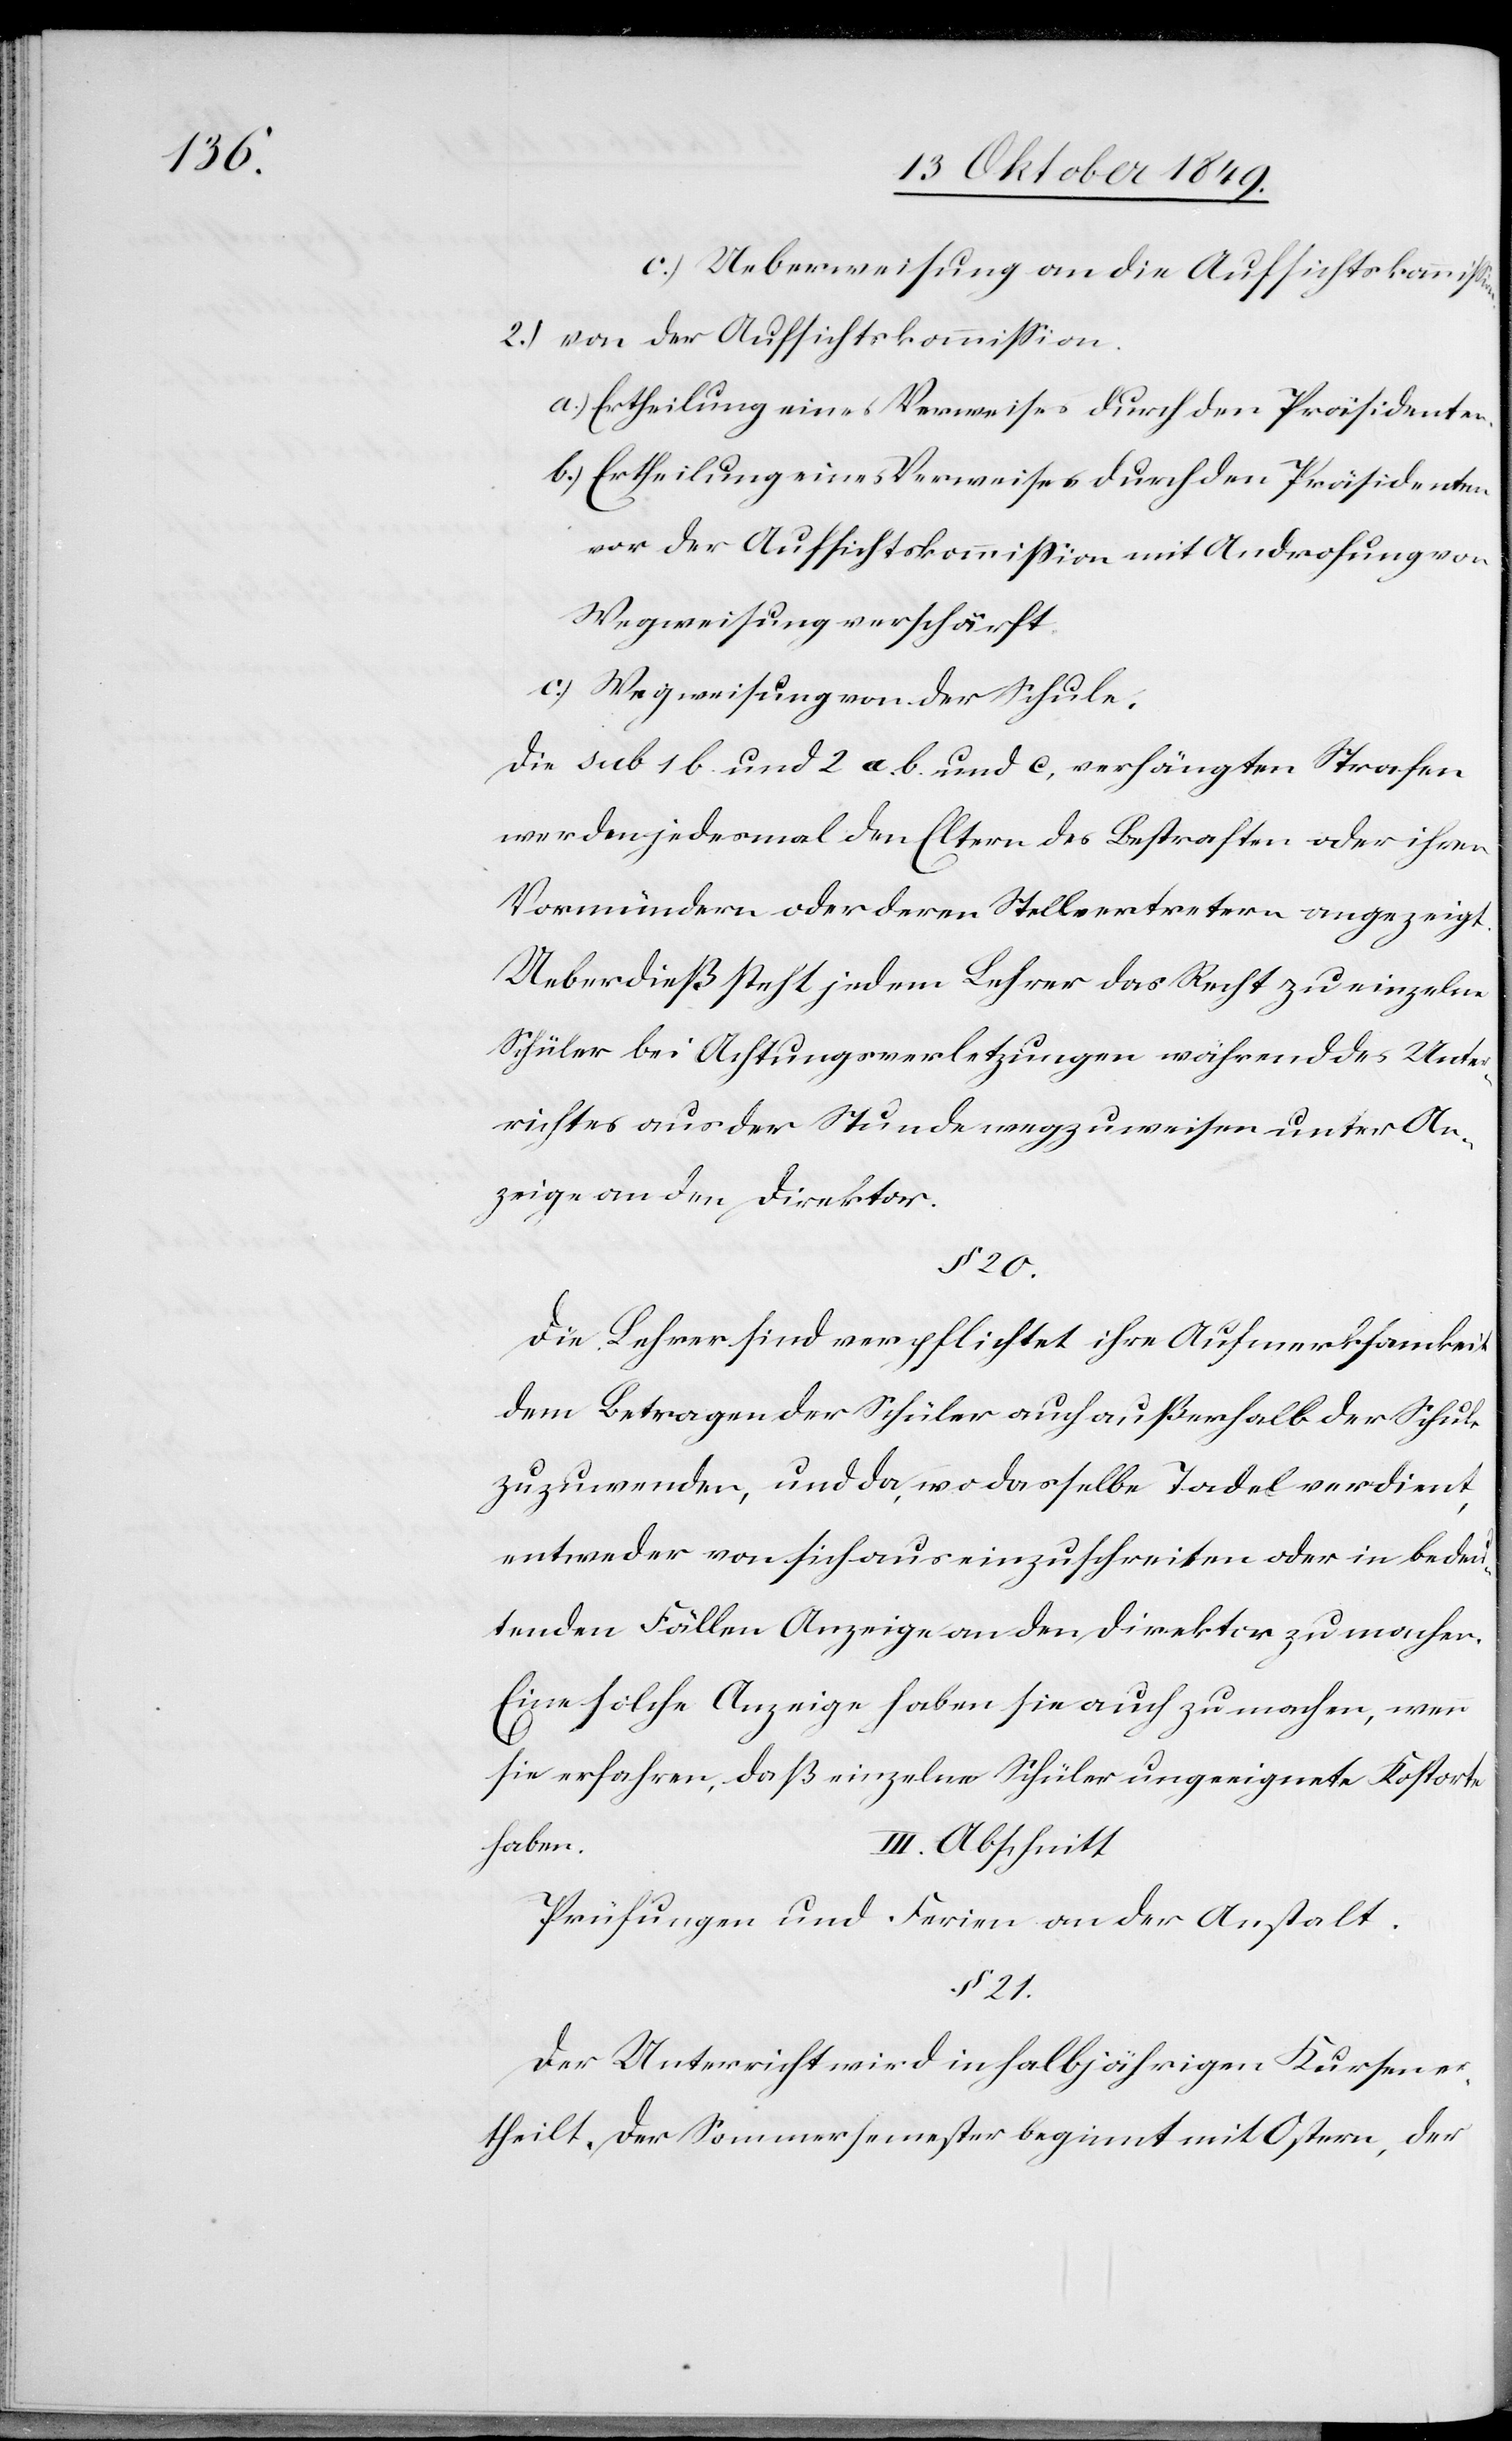
c) Ueberweisung an die Aufsichtskommißion.
2.) von der Aufsichtskommißion.
a.) Ertheilung eines Verweises durch den Präsidenten.
b.) Ertheilung eines Verweises durch den Präsidenten
vor der Aufsichtskommißion mit Androhung von
Wegweisung verschärft.
c) Wegweisung von der Schule,
Die sub. 1 b und 2 a.b. und c, verhängten Strafen
werden jedesmal den Eltern des Bestraften oder ihren
Vormündern oder deren Stellvertretern angezeigt.
Ueberdieß steht jedem Lehrer das Recht zu einzelne
Schüler bei Achtungsverletzungen während des Unter¬
richtes aus der Stunde wegzuweisen unter An¬
zeige an den Direktor.
§ 20.
Die Lehrer sind verpflichtet ihre Aufmerksamkeit
dem Betragen der Schüler auch auf außerhalb der Schule
zuzuwenden, und da, wo dasselbe Tadel verdient,
entweder von sich aus einzuschreiten oder in bedeu¬
tenden Fällen Anzeige an den Direktor zu machen.
Eine solche Anzeige haben sie auch zu machen, wenn
sie erfahren, daß einzelne Schüler ungeeignete Kostorte
haben.
III. Abschnitt
Prüfungen und Ferien an der Anstalt.
§ 21.
Der Unterricht wird in halbjährigen Kursen e¬
rtheilt, der Sommersemester beginnt mit Ostern, der